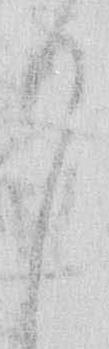
り